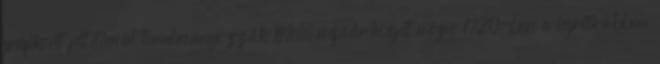
grafikont feltétlenül tanulmányozzák Mo. népsűrűségét nézve 1720-ban a legritkábban